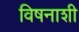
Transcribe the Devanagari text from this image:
विषनाशी